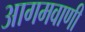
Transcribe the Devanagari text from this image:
आगमवाणी